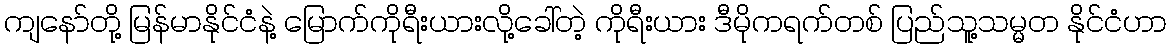
ကျနော်တို့ မြန်မာနိုင်ငံနဲ့ မြောက်ကိုရီးယားလို့ခေါ်တဲ့ ကိုရီးယား ဒီမိုကရက်တစ် ပြည်သူ့သမ္မတ နိုင်ငံဟာ